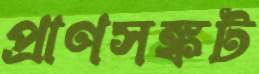
প্রাণসঙ্কট